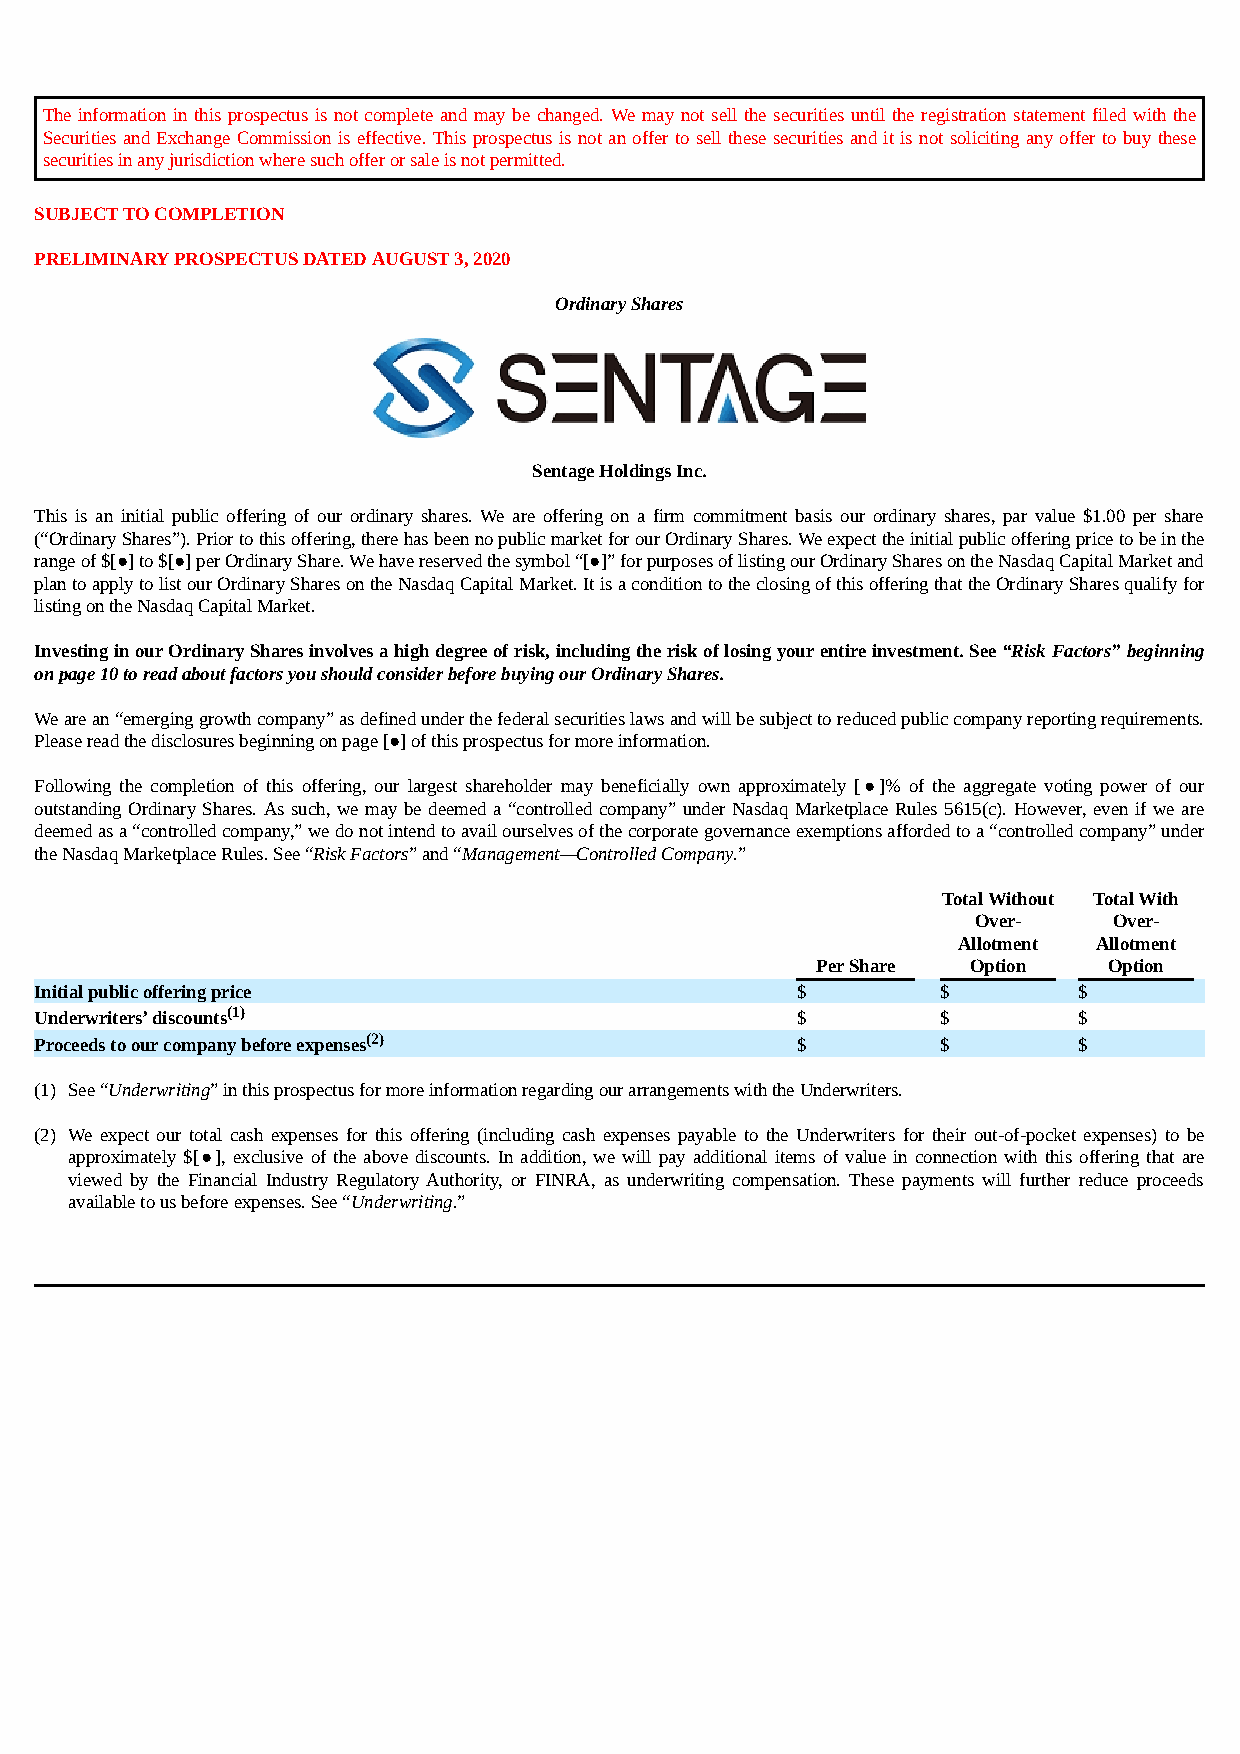
The information in this prospectus is not complete and may be changed. We may not sell the securities until the registration statement filed with the
 Securities and Exchange Commission is effective. This prospectus is not an offer to sell these securities and it is not soliciting any offer to buy these
 securities in any jurisdiction where such offer or sale is not permitted.
 SUBJECT TO COMPLETION
 PRELIMINARY PROSPECTUS DATED AUGUST 3, 2020
 Ordinary Shares
 Sentage Holdings Inc.
 This is an initial public offering of our ordinary shares. We are offering on a firm commitment basis our ordinary shares, par value $1.00 per share
 (“Ordinary Shares”). Prior to this offering, there has been no public market for our Ordinary Shares. We expect the initial public offering price to be in the
 range of $[●] to $[●] per Ordinary Share. We have reserved the symbol “[●]” for purposes of listing our Ordinary Shares on the Nasdaq Capital Market and
 plan to apply to list our Ordinary Shares on the Nasdaq Capital Market. It is a condition to the closing of this offering that the Ordinary Shares qualify for
 listing on the Nasdaq Capital Market.
 Investing in our Ordinary Shares involves a high degree of risk, including the risk of losing your entire investment. See “Risk Factors” beginning
 on page 10 to read about factors you should consider before buying our Ordinary Shares.
 We are an “emerging growth company” as defined under the federal securities laws and will be subject to reduced public company reporting requirements.
 Please read the disclosures beginning on page [●] of this prospectus for more information.
 Following the completion of this offering, our largest shareholder may beneficially own approximately [●]% of the aggregate voting power of our
 outstanding Ordinary Shares. As such, we may be deemed a “controlled company” under Nasdaq Marketplace Rules 5615(c). However, even if we are
 deemed as a “controlled company,” we do not intend to avail ourselves of the corporate governance exemptions afforded to a “controlled company” under
 the Nasdaq Marketplace Rules. See “Risk Factors” and “Management—Controlled Company.”
 Total Without Total With
 Over-    Over-
 Allotment Allotment
 Per Share Option   Option
 Initial public offering price                      $        $        $
 Underwriters’ discounts(1)                         $        $        $
 Proceeds to our company before expenses(2)         $        $        $
 (1) See “Underwriting” in this prospectus for more information regarding our arrangements with the Underwriters.
 (2) We expect our total cash expenses for this offering (including cash expenses payable to the Underwriters for their out-of-pocket expenses) to be
 approximately $[●], exclusive of the above discounts. In addition, we will pay additional items of value in connection with this offering that are
 viewed by the Financial Industry Regulatory Authority, or FINRA, as underwriting compensation. These payments will further reduce proceeds
 available to us before expenses. See “Underwriting.”